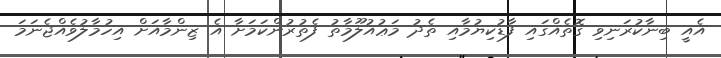
އެއީ ބިނާކުރަނިވި ގޮތެއްގައި ފާޑުކިޔުމާއި ތެދު މަޢުއުލޫމާތު ފެތުރުންކަމަށާ އެ ޒިންމާއަށް އިހުމާލުވެއްޖެނަމަ